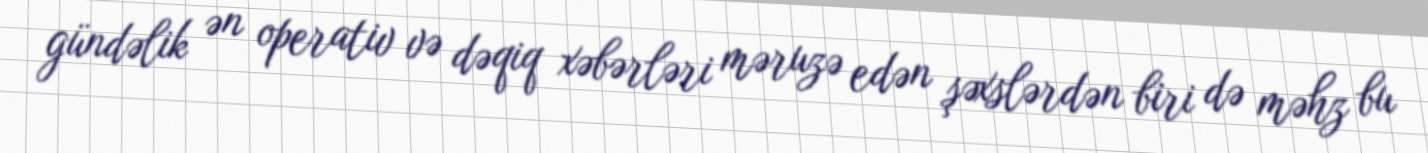
gündəlik ən operativ və dəqiq xəbərləri məruzə edən şəxslərdən biri də məhz bu